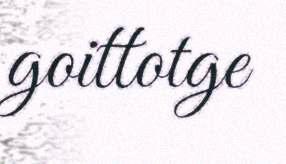
goittotge